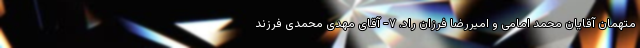
متهمان آقایان محمد امامی و امیررضا فرزان راد. ۷- آقای مهدی محمدی فرزند